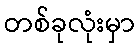
တစ်ခုလုံးမှာ